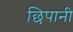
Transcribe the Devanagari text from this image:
छिपानी